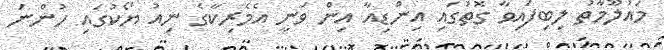
މައުލޫމާތު ލިބިފައިވާ ގޮތުގައި އިންޑިއާ އިން ވަނީ އެމެރިކާގެ ނިއު ޔޯކުގައި ހުންނަ